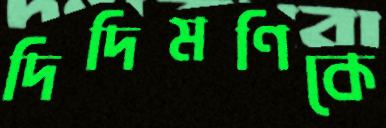
দিদিমণিকে